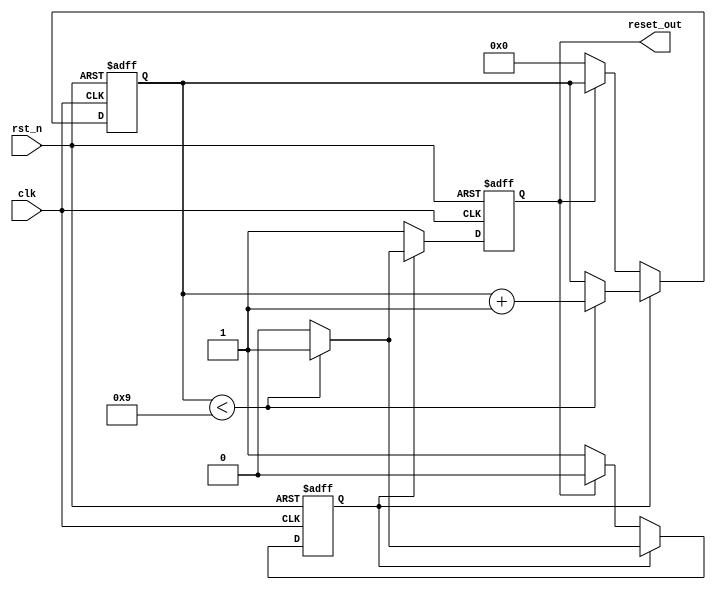
module power_on_reset (
    input wire clk,        // Clock signal
    input wire rst_n,     // Active-low external reset signal
    output reg reset_out   // Output reset signal
);

    // Parameters
    parameter integer POR_DURATION = 10; // Duration of power-on reset in clock cycles
    reg [3:0] counter; // Counter to track the duration of the power-on reset
    reg por_active;    // Flag to indicate power-on reset is active

    // State management
    always @(posedge clk or negedge rst_n) begin
        if (!rst_n) begin
            // If external reset is asserted, reset the counter and output
            reset_out <= 1'b1; // Assert reset_out
            counter <= 0;
            por_active <= 1'b0; // Clear power-on reset active flag
        end else begin
            if (por_active) begin
                // If power-on reset is active, increment counter
                if (counter < POR_DURATION - 1) begin
                    counter <= counter + 1;
                    reset_out <= 1'b1; // Keep reset_out asserted
                end else begin
                    // De-assert reset_out after duration
                    reset_out <= 1'b0;
                    por_active <= 1'b0; // Clear power-on reset active flag
                end
            end else begin
                // If not in power-on reset, check if we need to enter it
                if (!reset_out) begin
                    // If reset_out is de-asserted, we can start the power-on reset
                    counter <= 0;
                    por_active <= 1'b1; // Set power-on reset active flag
                    reset_out <= 1'b1;  // Assert reset_out
                end
            end
        end
    end

    // Initial block to ensure reset_out is asserted during power-up
    initial begin
        reset_out = 1'b1; // Start with reset asserted
        counter = 0;
        por_active = 1'b1; // Indicate power-on reset is active
    end

endmodule